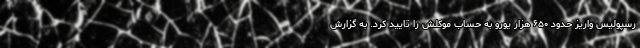
رسپولیس واریز حدود ۶۵۰ هزار یورو به حساب موکلش را تایید کرد. به گزارش